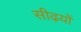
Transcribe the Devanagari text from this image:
सीढ़यों